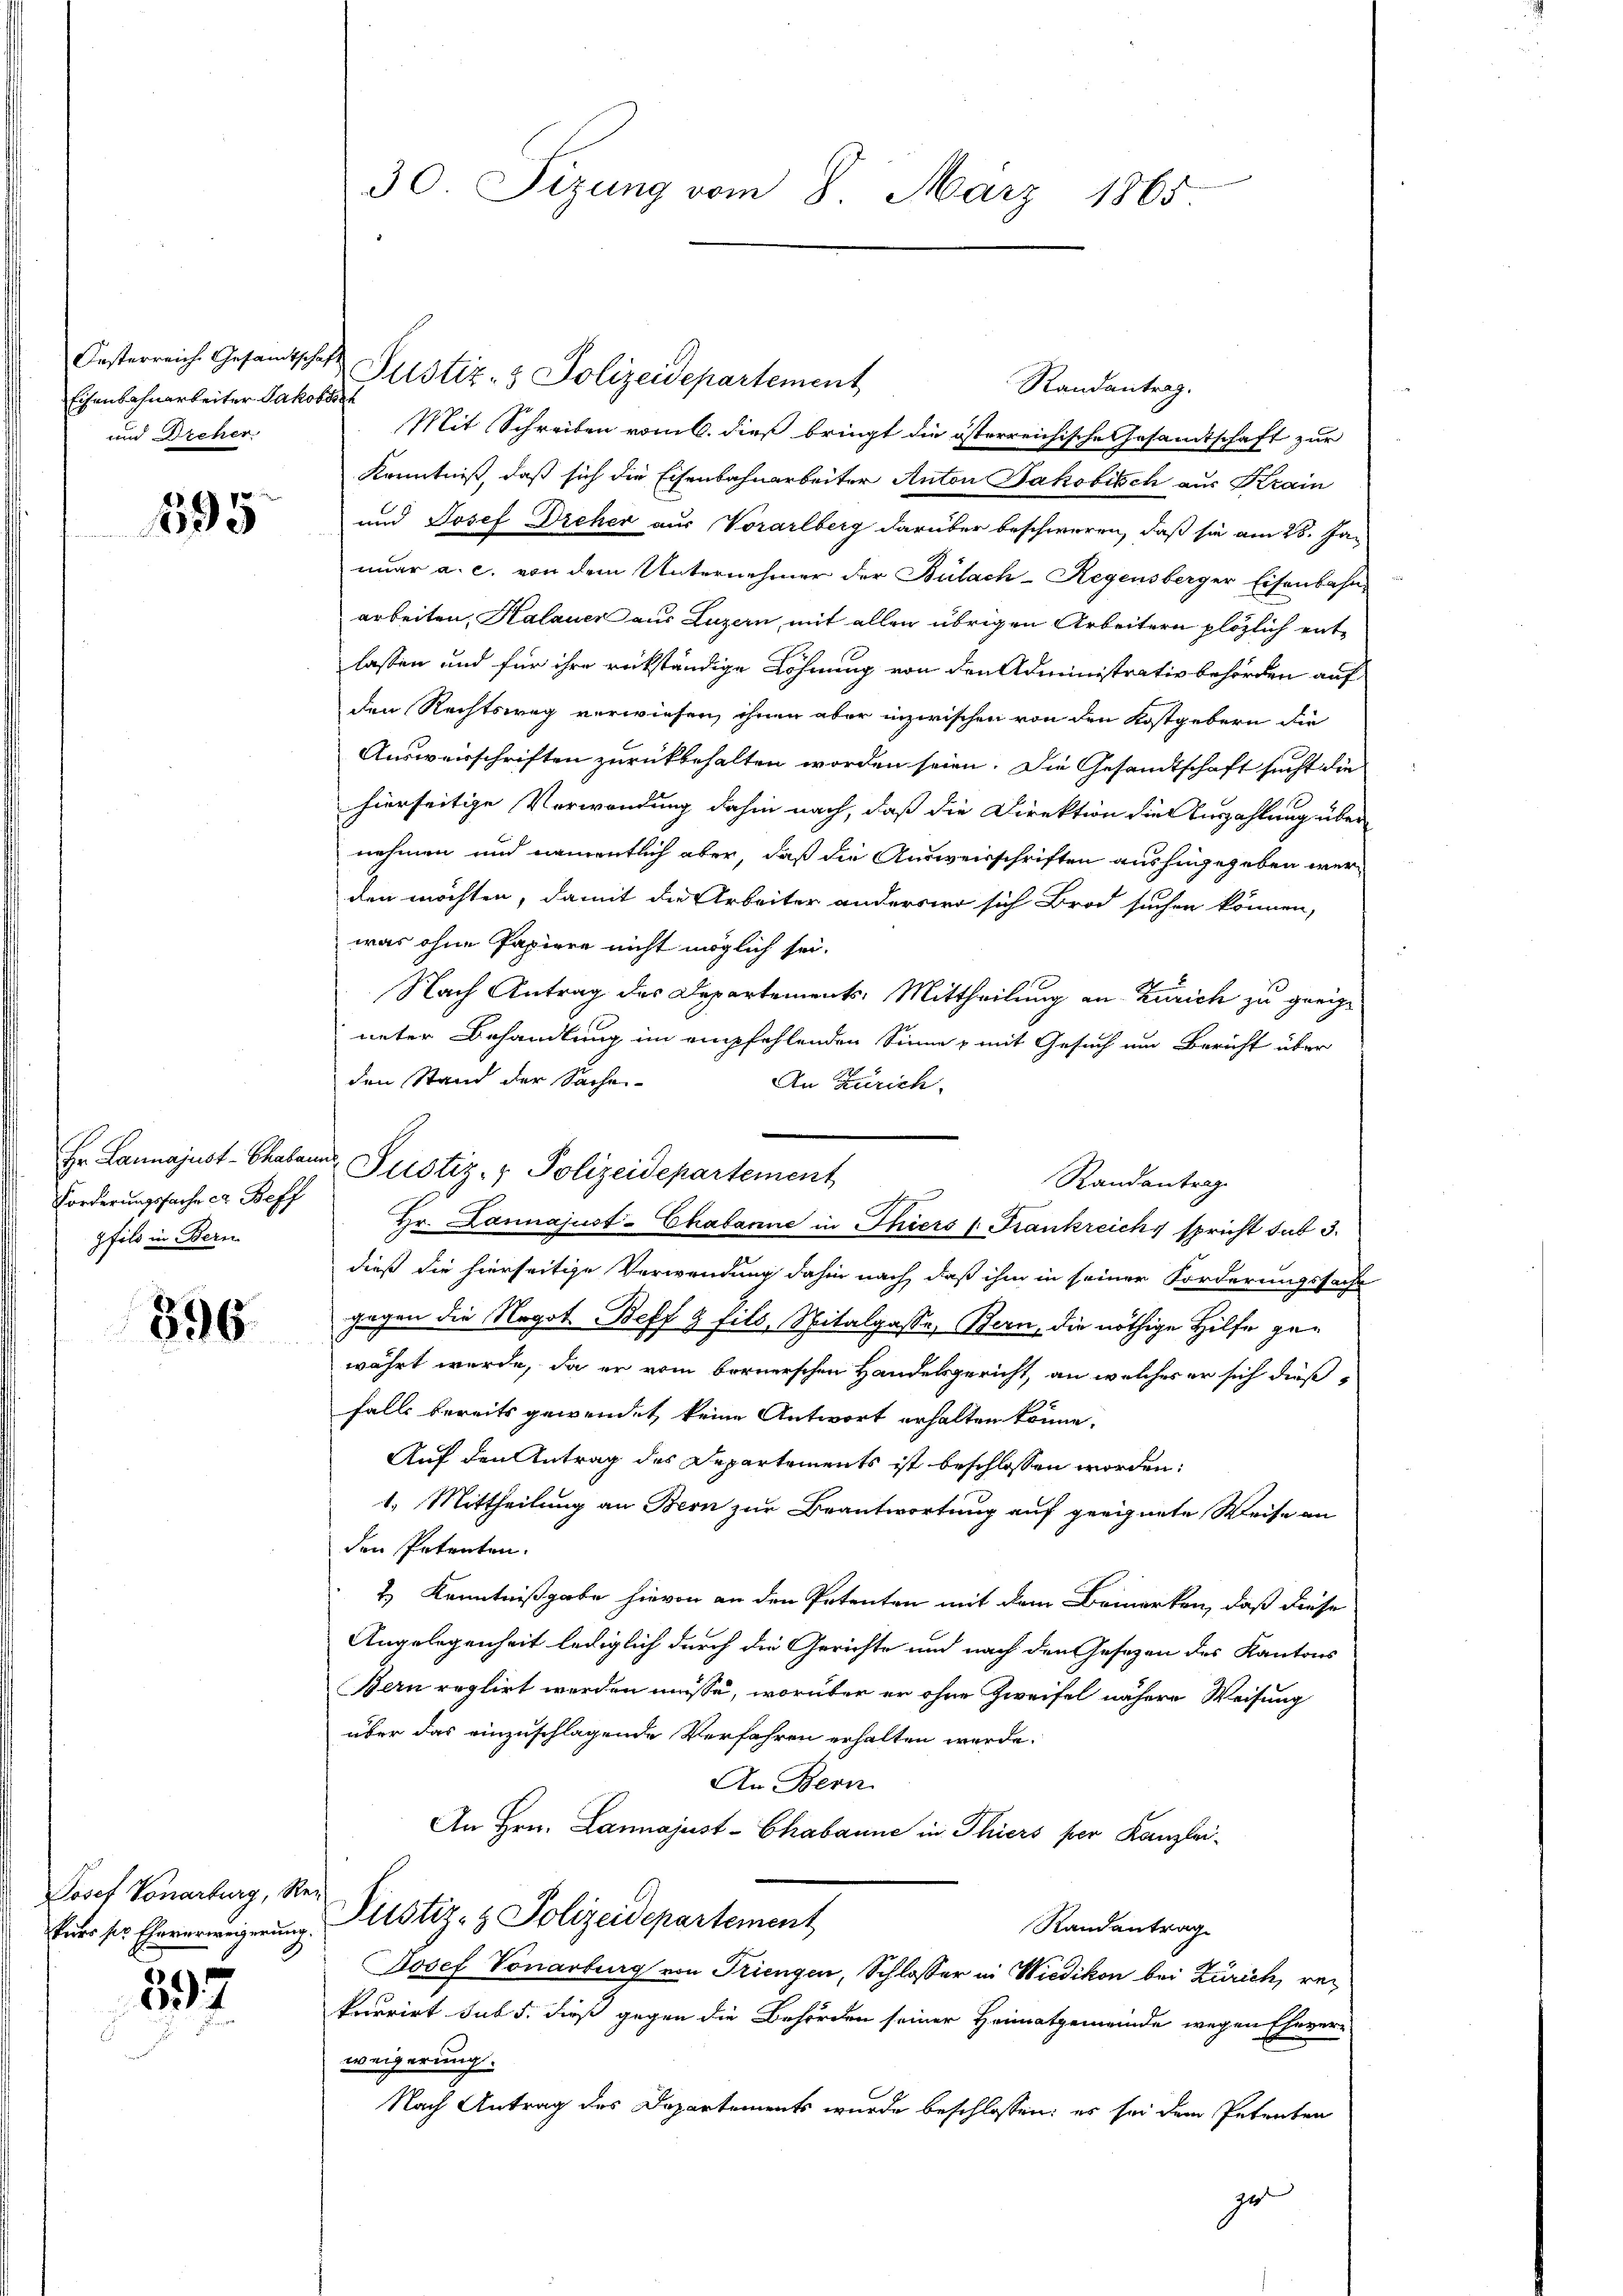
Eisenbahnarbeiter Jakobser
un Dreher

595

Forderungssache er Beff
pfild in Bern

596

Josef Vonarburg, Re
kurs ser Ehererweigerung.

397

30. Sizung vom 8. März 1865.

Oesterreich Gesandtschaft Pustiz- & Polizeidepartement
Randantrag.
Mit Schreiben vom 6. dieß bringt die österreichische Gesamtschaft zur
Kenntniß, daß sich die Eisenbahnarbeiter Anton Jakobisch aus Krain
und Josef Dreher aus Vorarlberg darüber beschweren, daß sie am 28. Ja-
nuar a. c. von dem Unternehmer der Bülach–Regensberger Eisenbahnarbeiten, Kalauer aus Luzern mit allen übrigen Arbeitern plözlich entlassen und für ihre rükständige Lohnung von den Administrativ behörden auf
den Rechtsweg verwiesen, ihnen aber inzwischen von den Kostgebern die
Ausweisschriften zurückbehalten worden seien. Die Gesandtschaft sucht die
hierseitige Verwendung dahin nach, daß die Direktion die Auszahlung über
nehmen und namentlich aber, daß die Ausweisschriften aushingegeben werden möchten, damit die Arbeiter anderswo sich Brod suchen können,
was ohne Papiere nicht möglich sei.
Nach Antrag des Departements-Mittheilung an Zürich zu greize
ueter Behandlung im empfehlenden Sinne mit Gesuch um Bericht über
den Stand der Sachen-
An Zürich.
Hr. Lannajust-Chabanne in Thiers (Frankreichs spricht sub 3.
dieß die hierseitige Verwendung dahin nach, daß ihm in seiner Forderungssache
gegen die Negot. Beff & fils, Spitalgasse, Bern, die nöthige Hilfe gewährt wurde, da er vom bernerschen Handelsgericht, an welches er sich dieß
falls bereits gewendet keine Antwort erhalten könne.
Auf den Antrag des Departements ist beschlossen worden:
1. Mittheilung an Bern zur Beantwortung auf geeignete Weise an
den Petenten.
& Kenntnißgabe hievon an den Petenten mit dem Bemerken, daß diese
Angelegenheit lediglich durch die Gerichte und nach den Gesezen des Kantons
Bern reglirt worden müsse, worüber er ohne Zweifel nähere Weisung
über das einzuschlagende Verfahren erhalten werde.
An Bern.
An Hrn. Lannajust-Chabanne in Thiers per Kanzlei-
Justiz- & Polizeidepartement
Randantrag
Josef Vonarburg von Triengen, Schlosser in Wiedikon bei Zürich, rekurrirt sub 5. dieß gegen die Behörden seiner Heimatgemeinde wegen Ehever-
weigerung.
Nach Antrag des Departements wurde beschlossen: es sei dem Petreten
ge

Hr. Lannajust-Chaben, Pustiz- & Polizeidepartement

Randantrag